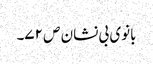
بانوی بی نشان ص ۷۲۔